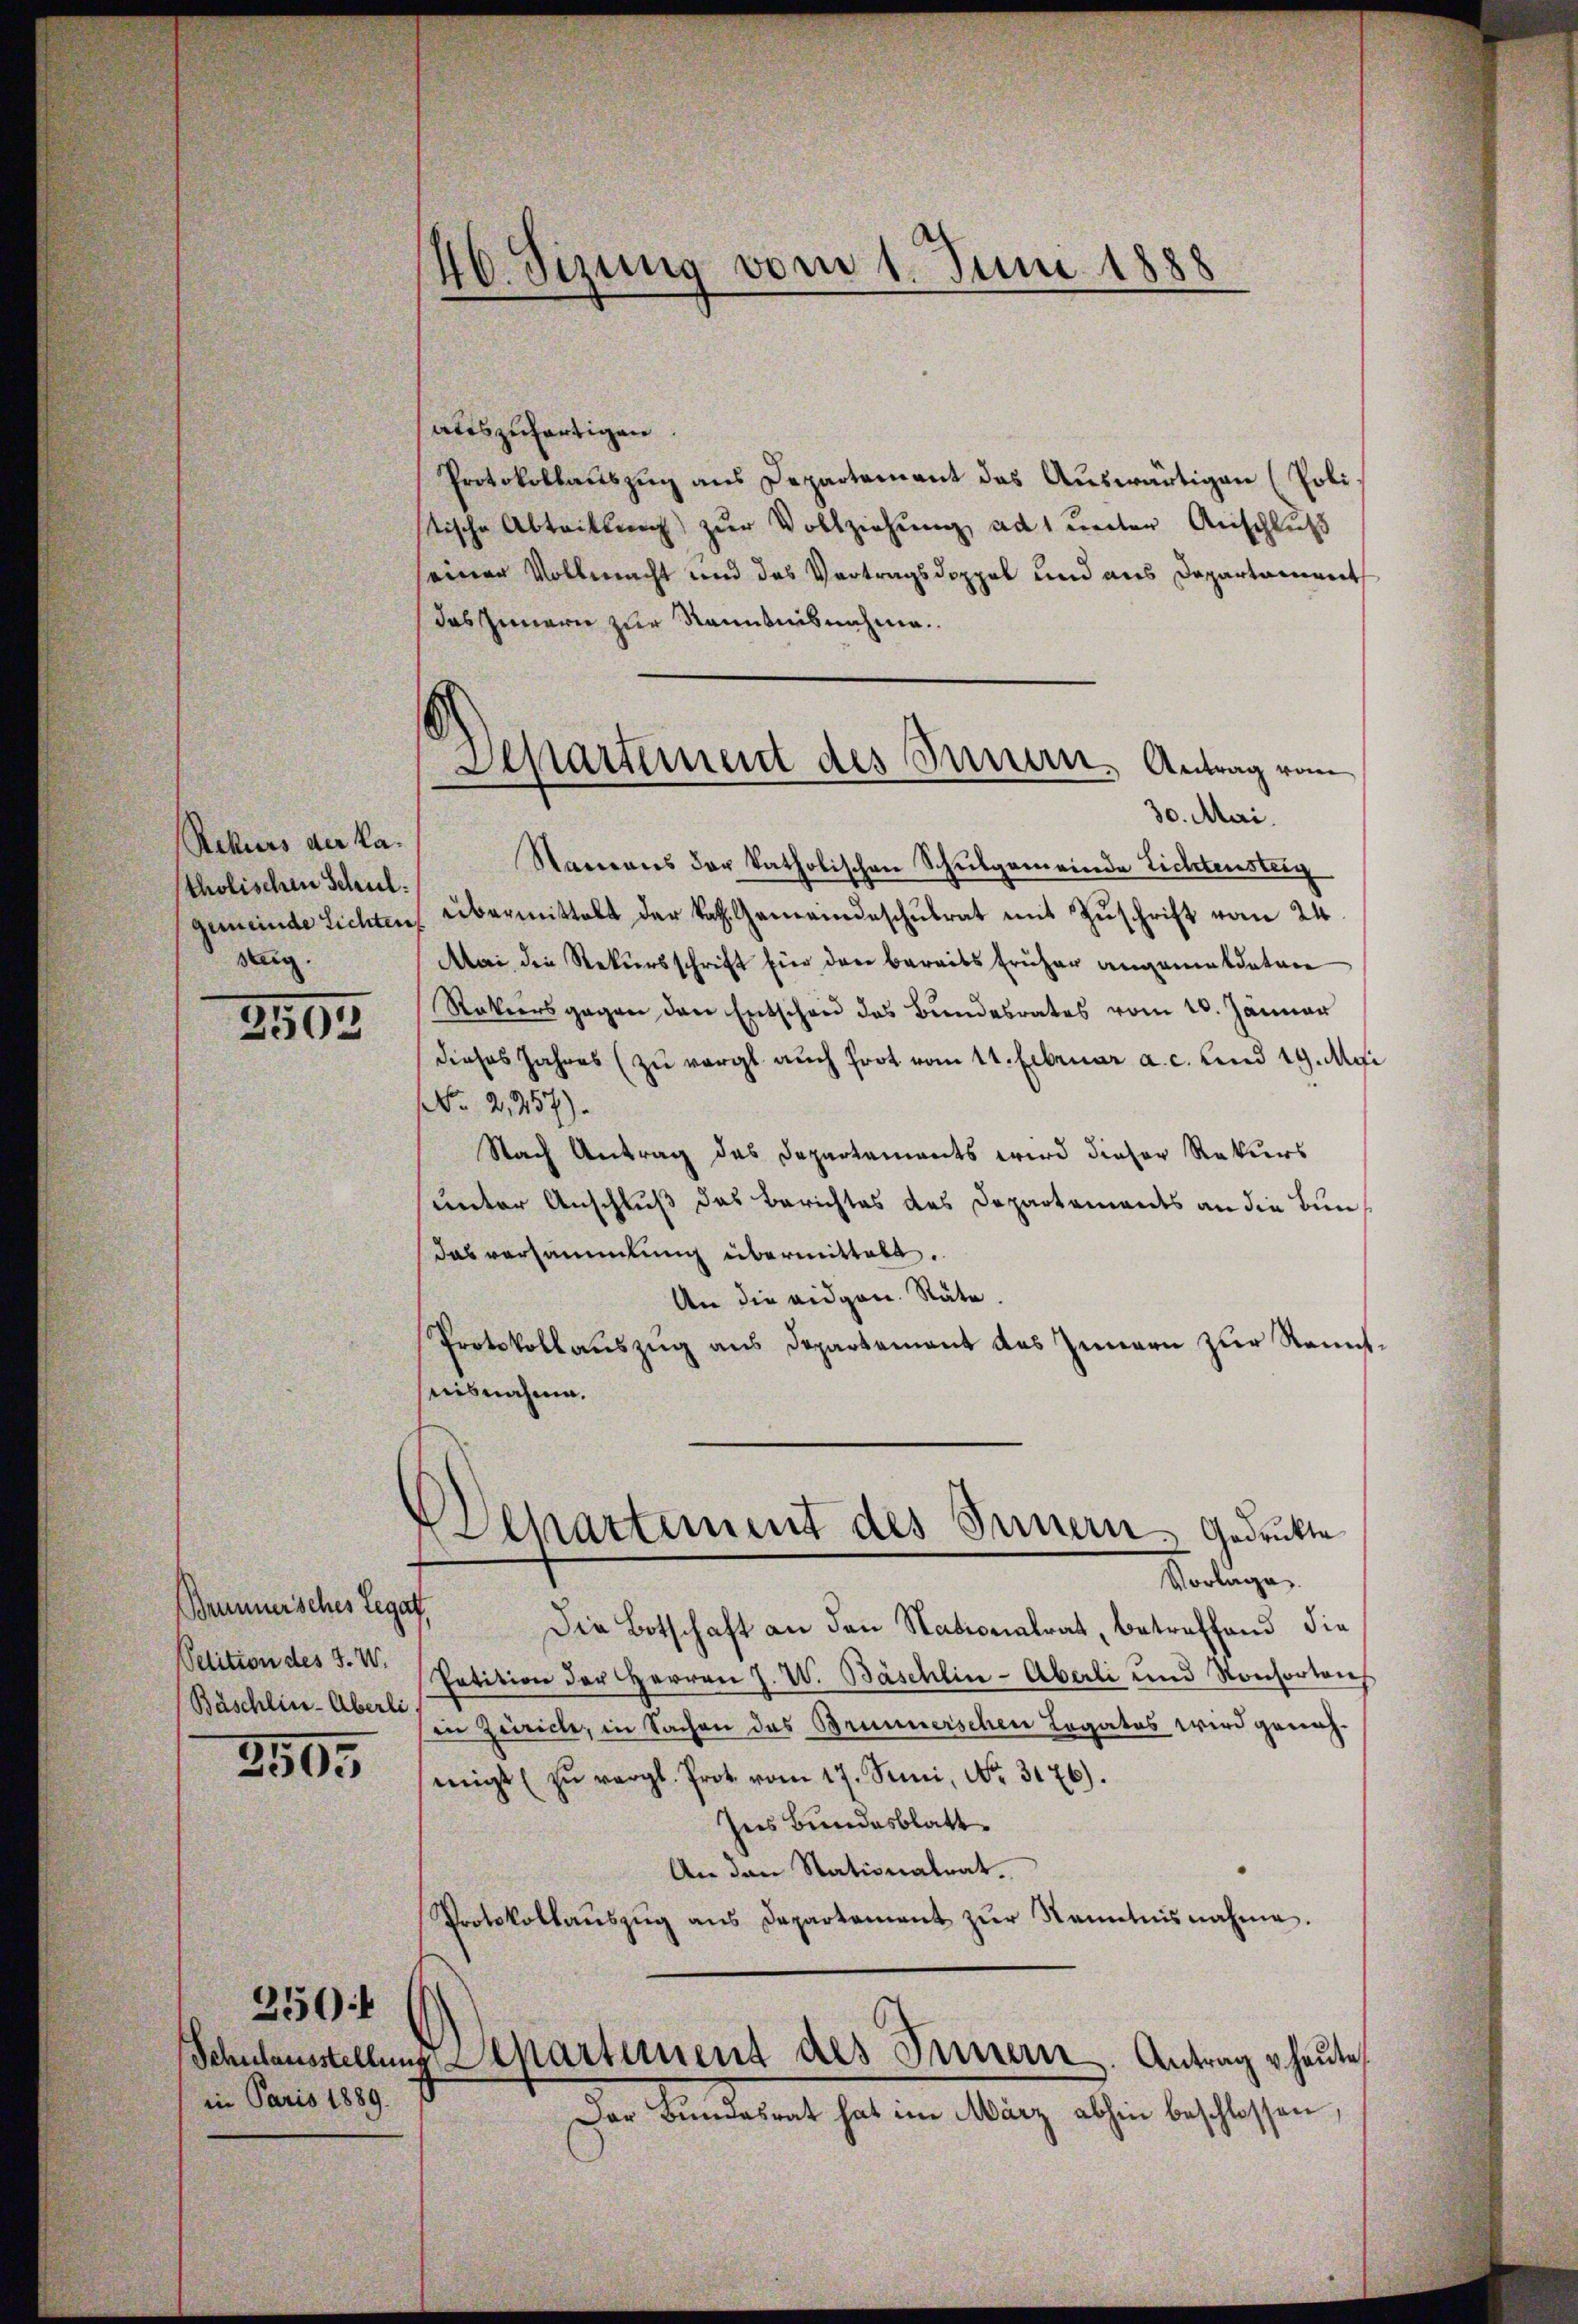
Rekurs der Ka-
tholischen Schul
seg

3593

Brunnersches Legat
Petition des J. W.
Bäschlin-Überli

3595

in Paris 1889.

250f

vom 1. Juni 1888
46. Sizung

auszufertigen.
Protokollauszug aus Departement das Auswärtigen (Polistische Abtrittung zur Vollziehung ad unter Anschluß
seiner Vollmacht und des Vertragsdoppel und aus Departament
das Innern zur Kenntnisnahme.
30. Mai.
Namens der katholischen Schulgemeinde Lichtensteig
gemeinde Lichten, übermittelt der kath. Gemeindeschulrat mit Zuschrift vom 24.
Mai die Rekursschrift für den bereits früher angemeldeten
Rokursgegen den Entschen das Bŭndesrates vom 20. Jänner
dieses Jahres (zu vergl. auch frot vom 11. Februar a. c. und 19. Mai
NNo. 2,257).
Nach Antrag des Departements wird dieser Rekurs
unter Anschluß das Berichtes des Departements an die Bundas versammlung übermittelt.
An die eidgen. Räte.
Protokollauszug aus Departement das Innern zur Remich.
nisnahme.

Departement des Innern, Antrag vom

Departement des Innern, Gedruckte

Vorlage
Die Botschaft an den Nationalrat, betreffend die
Petition der Herren J. W. Bäschlin-Aberli und Konsorteich
sein Zürich, in Sachen des Brunnerschen Legatos wird geneh-
migt zŭ vergl. Prot. vom 17. Sei, No. 3176).
Ins Bundesblatt.
An den Stationalrat.
Protokollaŭszŭg ans Departement zŭr Kenntnisnahme.
Schulausstellung Departiment des Innern. Antrag vheŭte
Der Bŭndesrat hat im März abhin beschlossen,